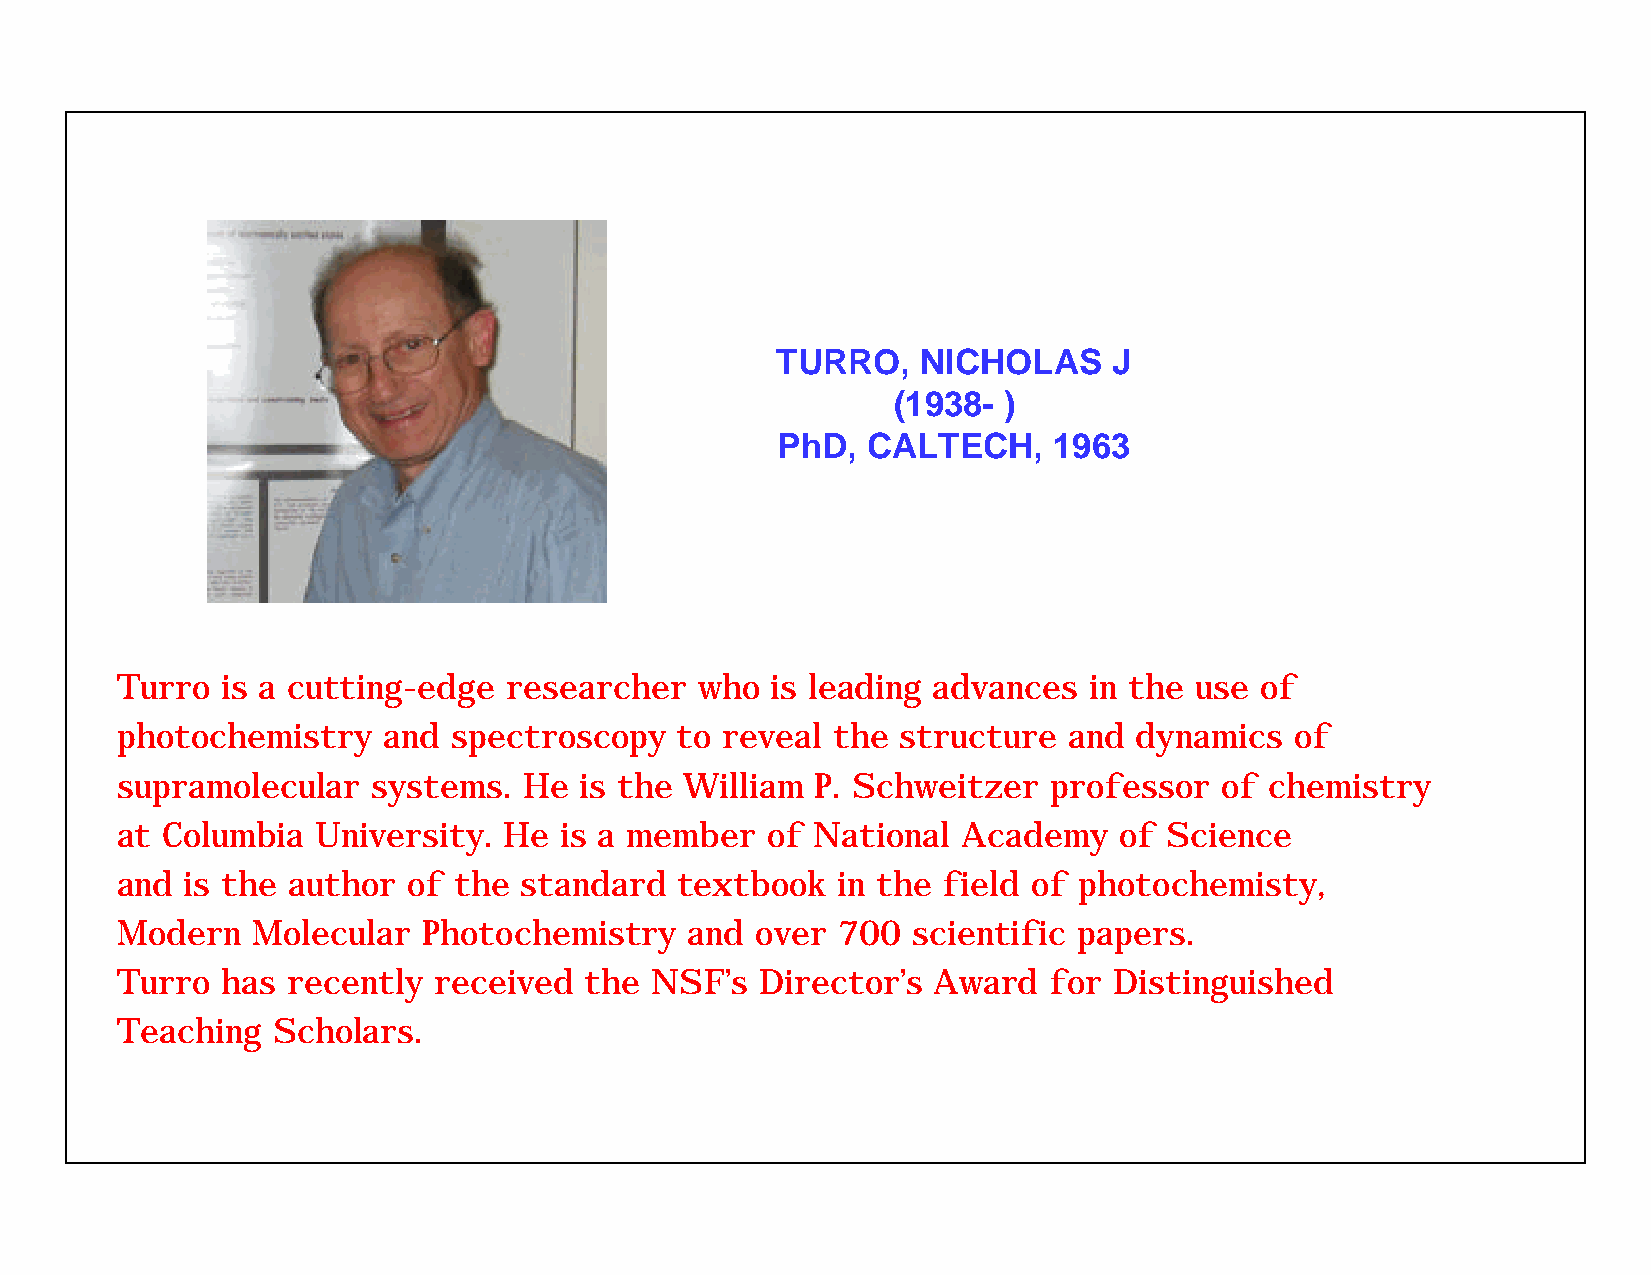
TURRO,    NICHOLAS     J
 (1938- )
 PhD,  CALTECH,     1963
 Turro  is a cutting-edge researcher   who  is leading advances  in the use of
 photochemistry   and  spectroscopy   to reveal the  structure  and dynamics   of
 supramolecular   systems.  He is the William  P. Schweitzer  professor   of chemistry
 at Columbia  University. He  is a member   of National  Academy   of Science
 and is the author  of the standard   textbook  in the field of photochemisty,
 Modern   Molecular  Photochemistry    and over 700  scientific papers.
 Turro  has recently  received  the NSF’s  Director’s  Award  for  Distinguished
 Teaching  Scholars.